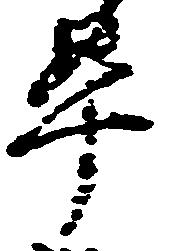
畢